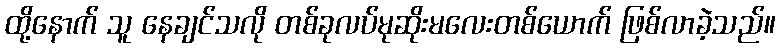
ထို့နောက် သူ နေချင်သလို တစ်ခုလပ်မုဆိုးမလေးတစ်ယောက် ဖြစ်လာခဲ့သည်။